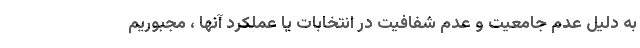
به دلیل عدم جامعیت و عدم شفافیت در انتخابات یا عملکرد آنها ، مجبوریم